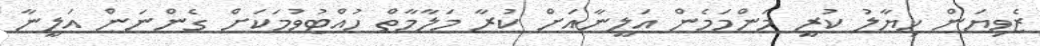
ޒެވިޔަން ޚިޔާލު ކުރީ މަންމަމެން އަލީނާއަށް ކުރާ މަލާމާތް ހުއްޓުވުމަކަށް ގެންނަން އަލީނާ